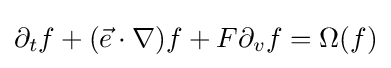
\partial _{t}f+({\vec {e}}\cdot \nabla )f+F\partial _{v}f=\Omega (f)